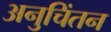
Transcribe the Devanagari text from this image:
अनुचिंतन